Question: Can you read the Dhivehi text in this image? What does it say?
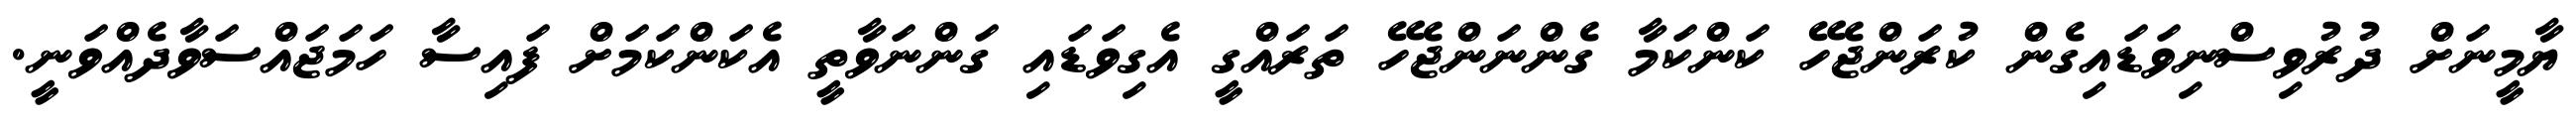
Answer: ޔާމީނަށް ދުރުވިސްނިވަޑައިގެން ކުރަންޖެހޭ ކަންކަމާ ގެންނަންޖެހޭ ތަރައްގީ އެގިވަޑައި ގަންނަވާތީ އެކަންކަމަށް ފައިސާ ހަމަޖައްސަވާދެއްވަނީ.